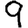
Digit: 9